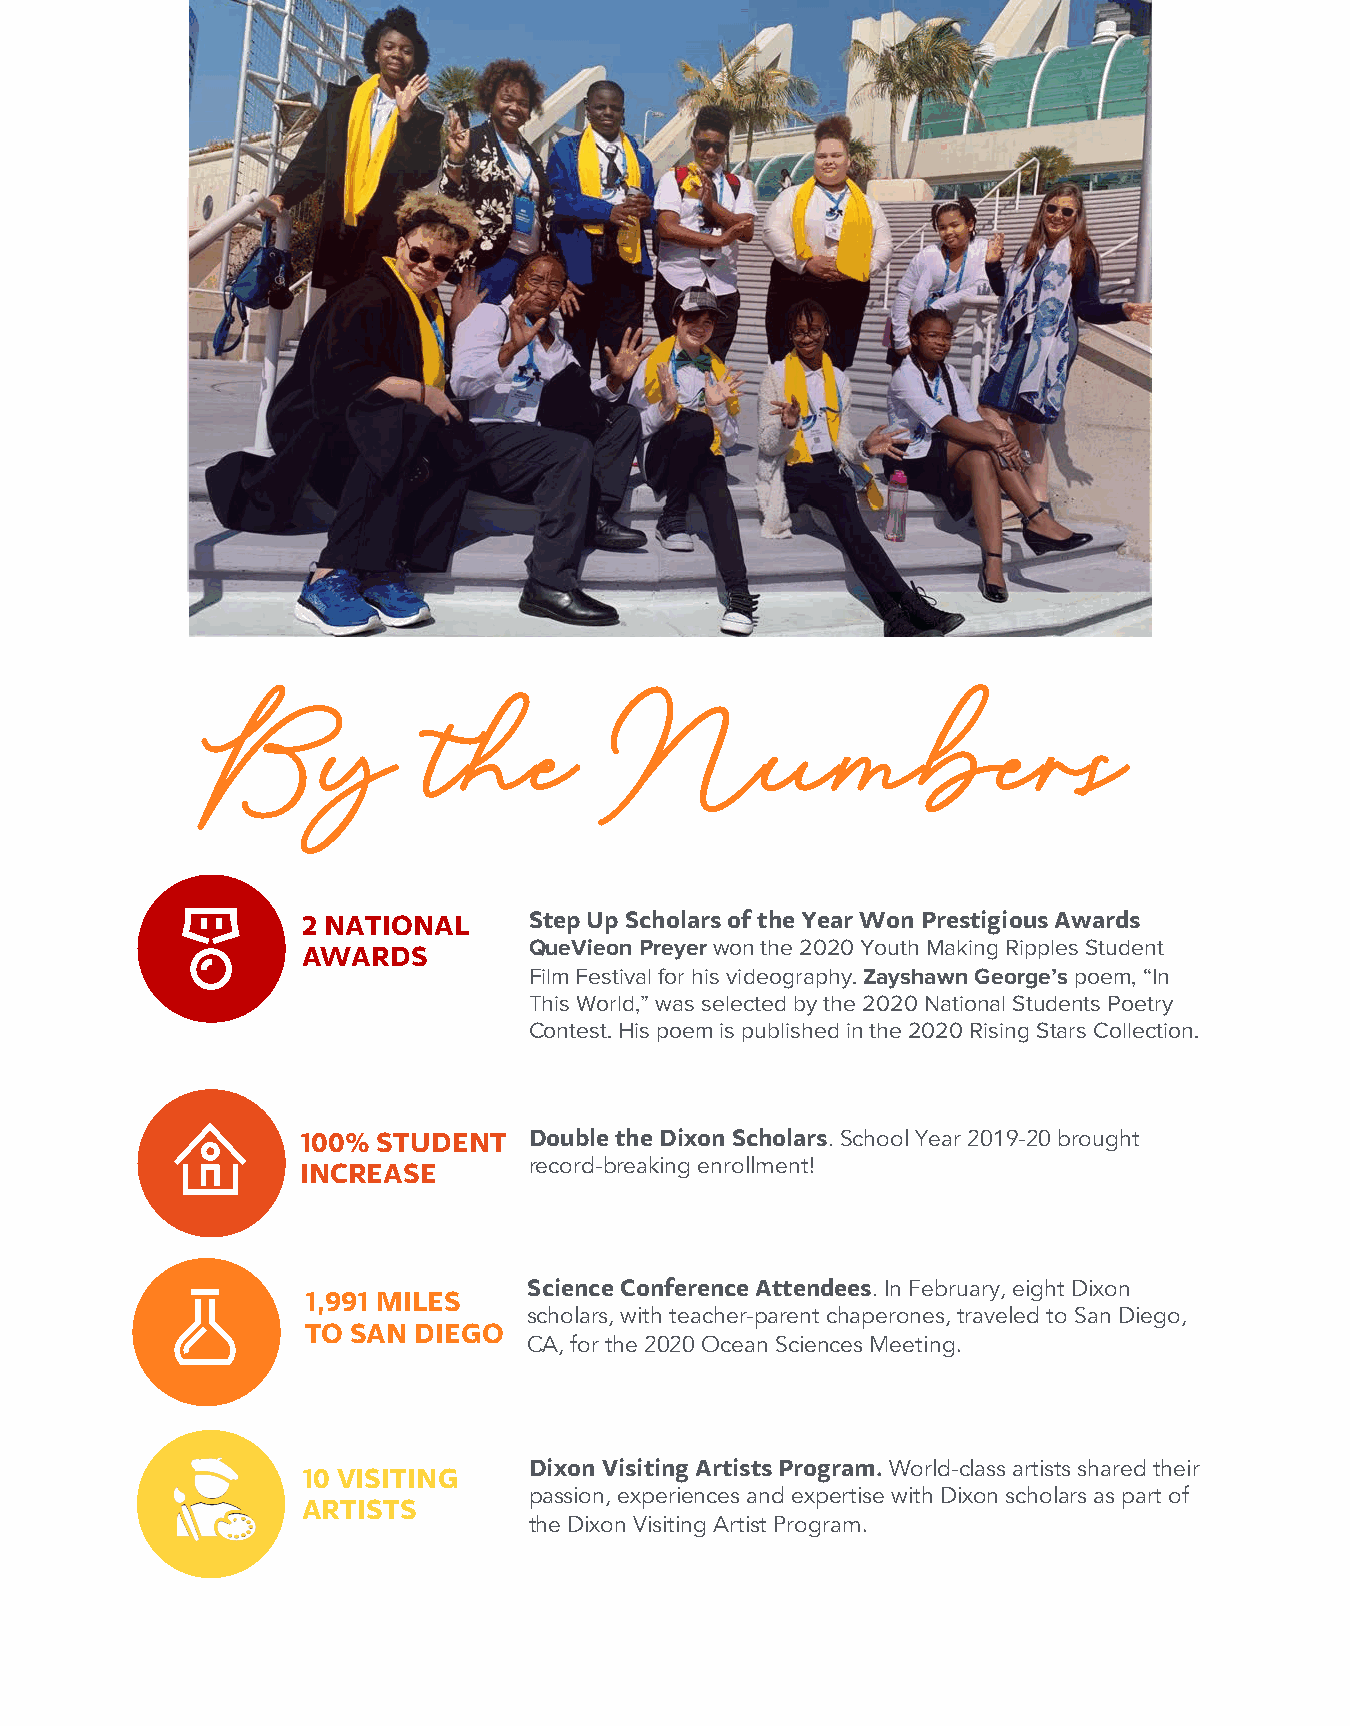
By             the         Numbers
 2 NATIONAL     Step Up Scholars of the Year Won Prestigious Awards
 AWARDS         QueVieon Preyerwon the 2020 Youth Making Ripples Student
 Film Festival for his videography. Zayshawn George’s poem, “In
 This World,” was selected by the 2020 National Students Poetry
 Contest. His poem is published in the 2020 Rising Stars Collection.
 100% STUDENT   Double the Dixon Scholars. School Year 2019-20 brought
 INCREASE       record-breaking enrollment!
 Science Conference Attendees. In February, eight Dixon
 1,991 MILES
 scholars, with teacher-parent chaperones, traveled to San Diego,
 TO SAN DIEGO
 CA, for the 2020 Ocean Sciences Meeting.
 10 VISITING    Dixon Visiting Artists Program. World-class artists shared their
 passion, experiences and expertise with Dixon scholars as part of
 ARTISTS
 the Dixon Visiting Artist Program.